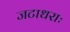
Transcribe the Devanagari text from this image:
जटाधराः